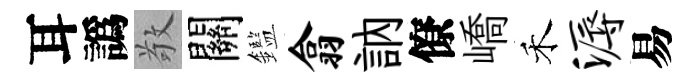
耳譌敬關鑑翕訥僚嶠禾溽易